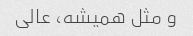
و مثل همیشه، عالی